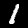
Digit: 1